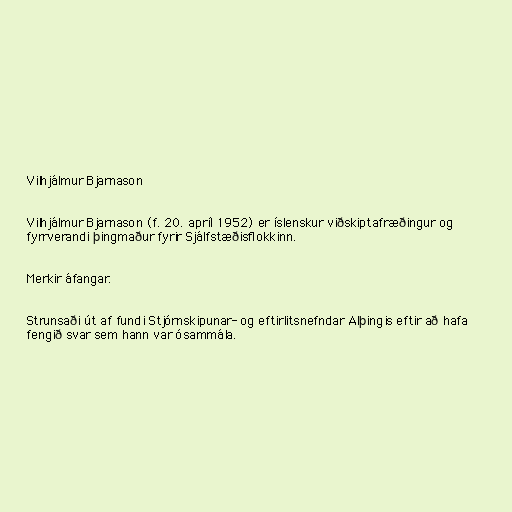
Vilhjálmur Bjarnason

Vilhjálmur Bjarnason (f. 20. apríl 1952) er íslenskur viðskiptafræðingur og
fyrrverandi þingmaður fyrir Sjálfstæðisflokkinn.

Merkir áfangar.

Strunsaði út af fundi Stjórnskipunar- og eftirlitsnefndar Alþingis eftir að hafa
fengið svar sem hann var ósammála.